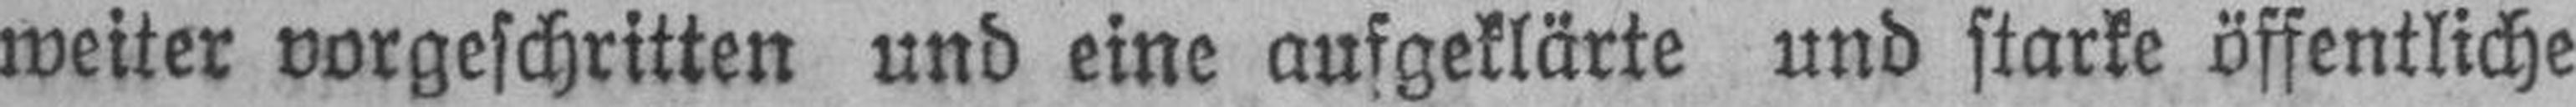
weiter vorgeschritten und eine aufgeklärte und starke öffentliche